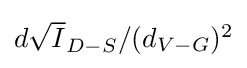
{\textstyle d{\sqrt {I}}_{D-S}/(d_{V-G})^{2}}